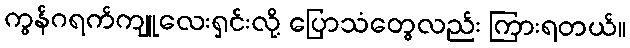
ကွန်ဂရက်ကျူလေးရှင်းလို့ ပြောသံတွေလည်း ကြားရတယ်။